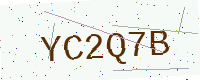
Text: YC2Q7B